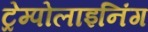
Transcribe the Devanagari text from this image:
ट्रेम्पोलाइनिंग